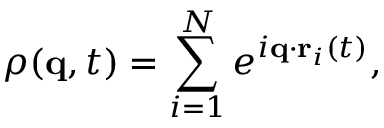
\rho ( \mathbf { q } , t ) = \sum _ { i = 1 } ^ { N } e ^ { i \mathbf { q } \cdot \mathbf { r } _ { i } ( t ) } ,